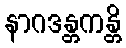
နာဂဒန္တကန္တိ